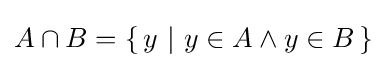
A\cap B=\{\,y\ |\ y\in A\wedge y\in B\,\}